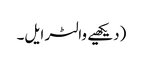
(دیکھیے والٹر ایل۔